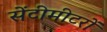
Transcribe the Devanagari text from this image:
सेंटीमीटरों